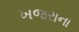
ખજરાના